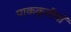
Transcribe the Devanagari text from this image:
पाककृतीयों